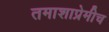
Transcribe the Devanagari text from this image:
तमाशाप्रेमीच